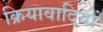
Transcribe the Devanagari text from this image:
क्रियावादियों